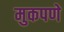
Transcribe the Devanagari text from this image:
मुकपणे